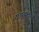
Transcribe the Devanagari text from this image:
दाखवलीच